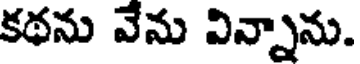
కథను వేను విన్నాను.